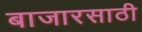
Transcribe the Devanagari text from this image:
बाजारसाठी